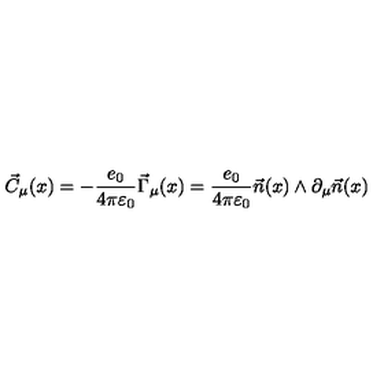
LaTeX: \vec { C } _ { \mu } ( x ) = - \frac { e _ { 0 } } { 4 \pi \varepsilon _ { 0 } } \vec { \Gamma } _ { \mu } ( x ) = \frac { e _ { 0 } } { 4 \pi \varepsilon _ { 0 } } \vec { n } ( x ) \wedge \partial _ { \mu } \vec { n } ( x )